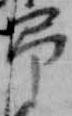
弔